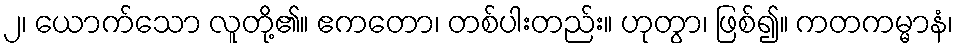
၂၊ ယောက်သော လူတို့၏။ ဧကတော၊ တစ်ပါးတည်း။ ဟုတွာ၊ ဖြစ်၍။ ကတကမ္မာနံ၊